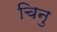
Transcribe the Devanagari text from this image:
चिनु